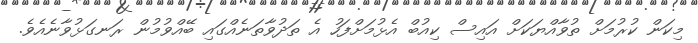
މިކަން ކުރުމަށް ތުވާއްޔަކަށް އައިސް ކިއުބް އެޅުމަށްފަހު އެ ތަދުވާތަނެއްގައި ބޭއްވުމުން ރަނގަޅުވާނެއެވެ.